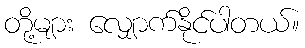
တို့များ လျှောက်နိုင်ပါတယ်။